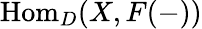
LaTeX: {\mathrm{Hom}}_{D}(X,F(-))